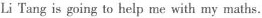
Li Tang is going to help me with my maths.